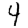
Digit: 4